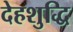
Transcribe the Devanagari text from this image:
देहशुद्धि